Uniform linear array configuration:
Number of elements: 16
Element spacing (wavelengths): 1
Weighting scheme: uniform
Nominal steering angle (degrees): -45
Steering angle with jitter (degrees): -44.828
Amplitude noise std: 0.05
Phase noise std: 0.05

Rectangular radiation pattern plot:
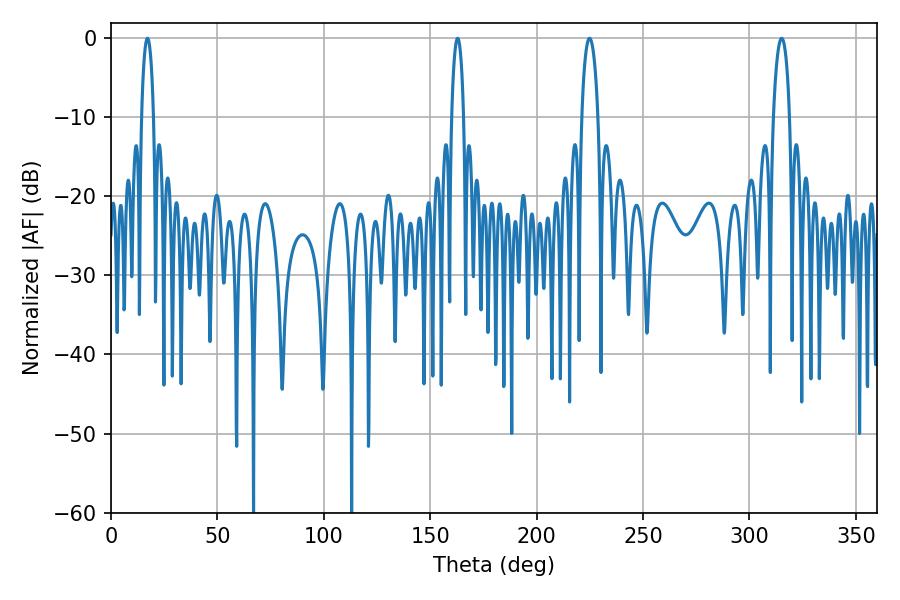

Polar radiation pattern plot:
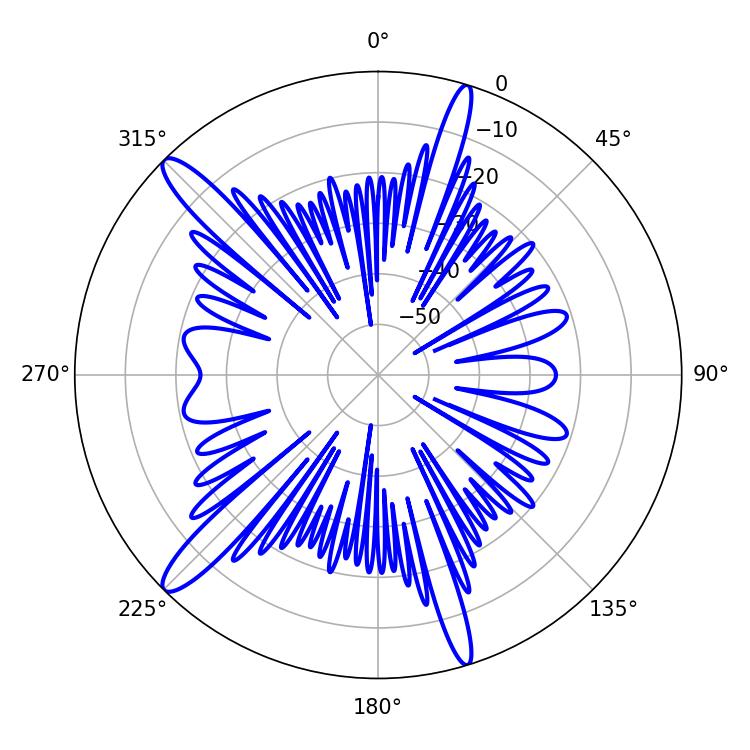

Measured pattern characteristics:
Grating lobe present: TRUE
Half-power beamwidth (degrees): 3.24
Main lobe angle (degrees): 17.1